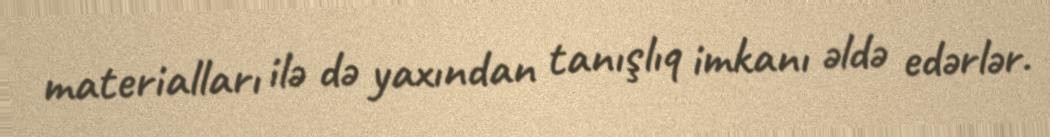
materialları ilə də yaxından tanışlıq imkanı əldə edərlər.